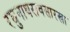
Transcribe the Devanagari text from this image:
रघुनाथरावसारखा